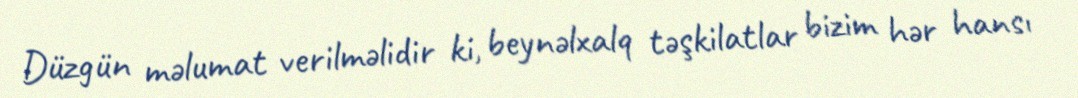
Düzgün məlumat verilməlidir ki, beynəlxalq təşkilatlar bizim hər hansı